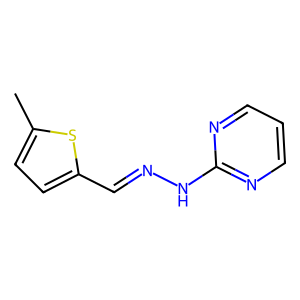
SMILES: Cc1ccc(C=NNc2ncccn2)s1
Inhibits HIV replication: No